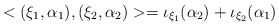
\begin{align*}<(\xi_1, \alpha_1),(\xi_2, \alpha_2)>=\iota_{\xi_1}( \alpha_2 )+\iota_{\xi_2}( \alpha_1 )\end{align*}